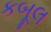
કબૂલ